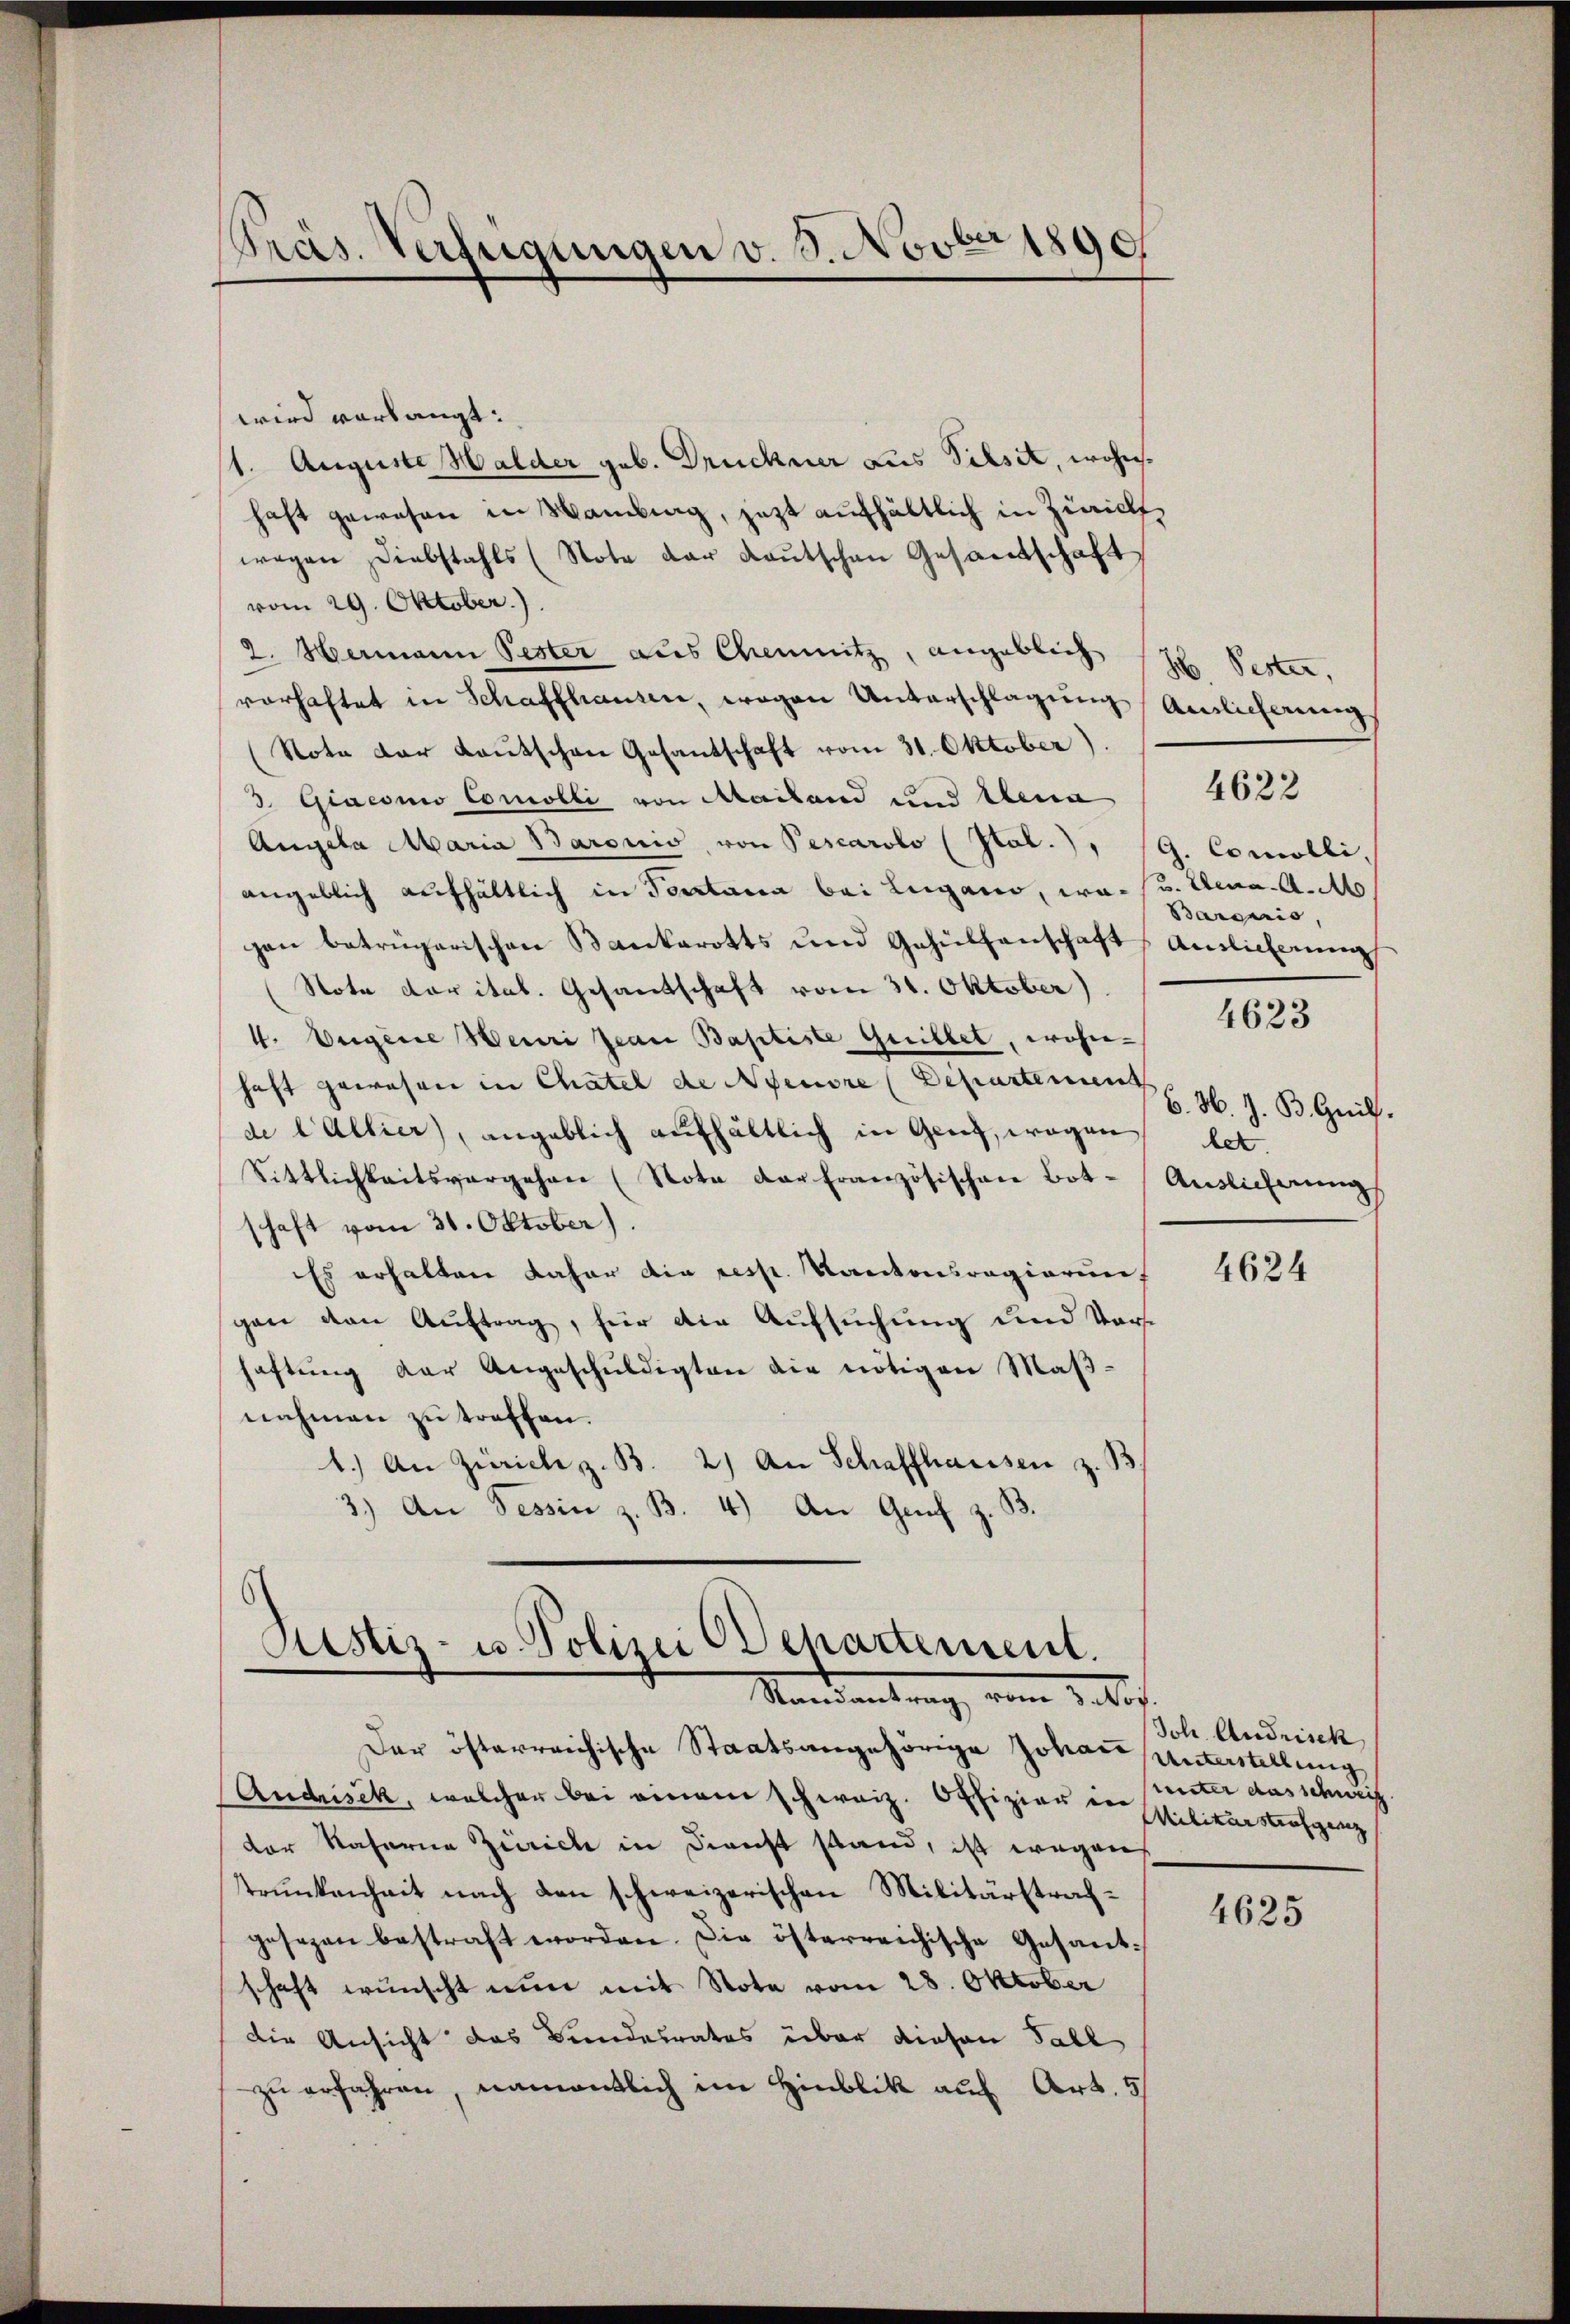
Präs. Verfügungen v. 8. Novbr 1890

wird verlangt:
1. Auguste Halder geb. Druchner aus Pilset, wohnhaft gewesen in Hambung, jetzt aufhältlich in Zürich
wegen Diebstahls (Note der Laŭtschen Gesamtschaft
vom 29. Oktober.)
2. Hermann Pester aus Chemnitz, angeblich
vorhaftet in Schaffhausen, wegen Unterschlagung Ainlicherungs
Note der Kautschen Gesandschaft vom 31. Oktober).
3. Giaconio Comolli von Mailand und Anna
Angela Maria Baronis, von Pescarolo (Ital.) " G. Comolli,
angeblich aufhältlich in Portaria bei Lugano, was v. Anna. A. A
gen betrügerischen Bankarotts und Gehülfenschaft Anlicherung
Nota darital. Gesandschaft vom 31. Oktober)
4. Augene Beuri Jean Baptiste Guillet, wohnhaft gewesen in Chatel de Neuore Departement
de lallier, angeblich aufhältlich in Genf, wegen
Sittlichkeitsvergehen (Nota der Französischen Bot- Auslicherŭngs
schaft vom 31. Oktober).
Es erhalten daher die resp. Kantonsregierung
gen den Auftrag, für die Aufsuchung und Vorhaftŭng der Angeschŭldigten die nötigen Maβ-
nahmen zu treffen.
1.) An Zürich z. B. 2) An Schaffhausen z. B.
3.) An Tessin z. B. 4.) An Graf z. B.

s
Justiz- u. Polizei Departement.
Randantrag, vom 2. f.

Dar österreichische Staatsangehörige Johann Unterstellung
Andrisek, welcher bei einem schweiz. Offizier in unter das schweiz.
der Kaserne Zürich in Dienst stand, ist wegen
trunkenheit nach den schweizerischen Militärstrafgesezen bestraft worden. Die österreichische Gesant-
schaft wünscht nun mit Note vom 28. Oktober
Die Ansicht das Bundesrates über diesen Fall
zŭ erfahren, namentlich im Hinblik auf Art. 5/

H Pester,
Barepris,

4622

4623

6. M. J. B. Grill.
les

4624

Joh. Andrisch
Militärstrafgenz

4625